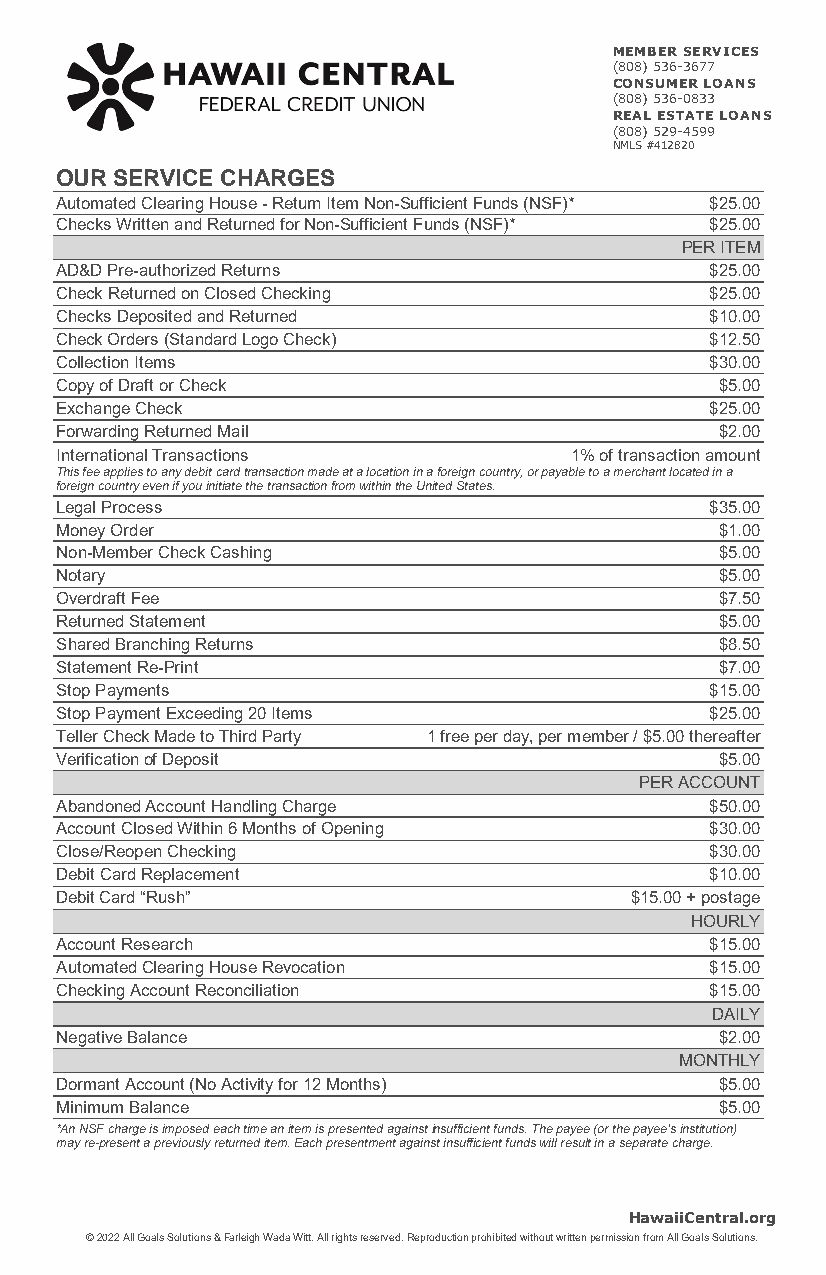
MEMBER SERVICES
 (808) 536-3677
 CONSUMER LOANS
 (808) 536-0833
 REAL ESTATE LOANS
 (808) 529-4599
 NMLS #412820
 OUR SERVICE CHARGES
 Automated Clearing House - Return Item Non-Sufficient Funds (NSF)* $25.00
 Checks Written and Returned for Non-Sufficient Funds (NSF)* $25.00
 PER ITEM
 AD&D Pre-authorized Returns                $25.00
 Check Returned on Closed Checking          $25.00
 Checks Deposited and Returned              $10.00
 Check Orders (Standard Logo Check)         $12.50
 Collection Items                           $30.00
 Copy of Draft or Check                      $5.00
 Exchange Check                             $25.00
 Forwarding Returned Mail                    $2.00
 International Transactions        1% of transaction amount
 This fee applies to any debit card transaction made at a location in a foreign country, or payable to a merchant located in a
 foreign country even if you initiate the transaction from within the United States.
 Legal Process                              $35.00
 Money Order                                 $1.00
 Non-Member Check Cashing                    $5.00
 Notary                                      $5.00
 Overdraft Fee                               $7.50
 Returned Statement                          $5.00
 Shared Branching Returns                    $8.50
 Statement Re-Print                          $7.00
 Stop Payments                              $15.00
 Stop Payment Exceeding 20 Items            $25.00
 Teller Check Made to Third Party 1 free per day, per member / $5.00 thereafter
 Verification of Deposit                     $5.00
 PER ACCOUNT
 Abandoned Account Handling Charge          $50.00
 Account Closed Within 6 Months of Opening  $30.00
 Close/Reopen Checking                      $30.00
 Debit Card Replacement                     $10.00
 Debit Card “Rush”                     $15.00 + postage
 HOURLY
 Account Research                           $15.00
 Automated Clearing House Revocation        $15.00
 Checking Account Reconciliation            $15.00
 DAILY
 Negative Balance                            $2.00
 MONTHLY
 Dormant Account (No Activity for 12 Months) $5.00
 Minimum Balance                             $5.00
 *An NSF charge is imposed each time an item is presented against insufficient funds. The payee (or the payee’s institution)
 may re-present a previously returned item. Each presentment against insufficient funds will result in a separate charge.
 HawaiiCentral.org
 © 2022 All Goals Solutions & Farleigh Wada Witt. All rights reserved. Reproduction prohibited without written permission from All Goals Solutions.